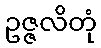
ဥဇ္ဇလိတုံ